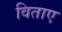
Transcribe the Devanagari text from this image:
विताए